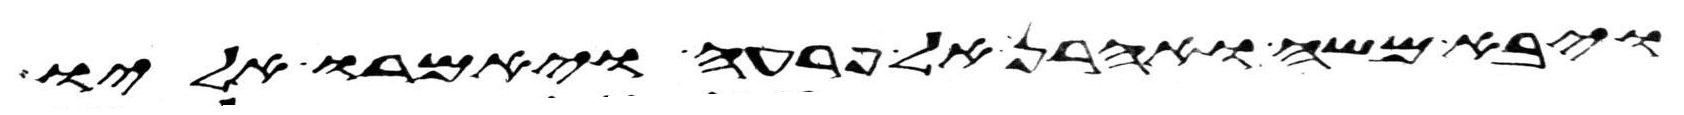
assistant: ויבא משה ואהרן אל פרעה ויאמרו אליו